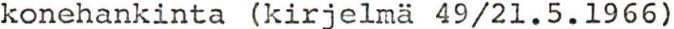
konehankinta kirjelmä 49/21.5.1966